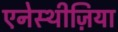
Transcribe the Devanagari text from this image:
एनेस्थीज़िया